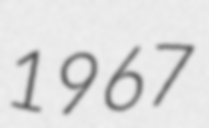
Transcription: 1967